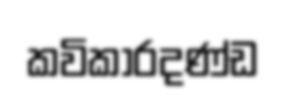
කවිකාරදණ්ඩ